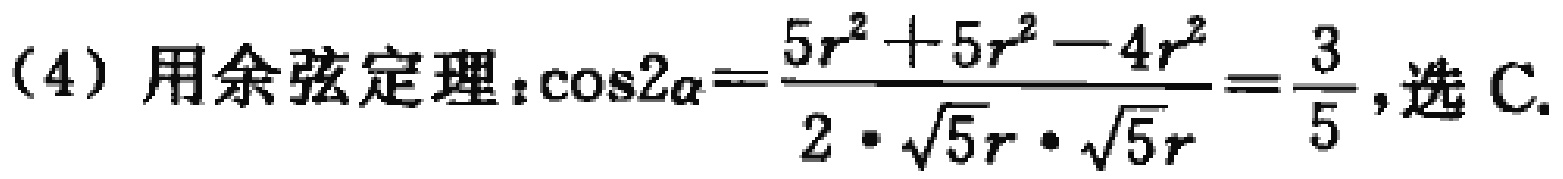
(4) 用余弦定理：\(\cos2\alpha=\frac{5r^{2}+5r^{2}-4r^{2}}{2\cdot\sqrt{5}r\cdot\sqrt{5}r}=\frac{3}{5}\)，选 C.